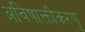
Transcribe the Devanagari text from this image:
अविषाक्तीकरणृ